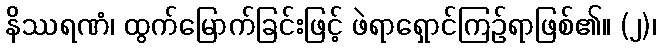
နိဿရဏံ၊ ထွက်မြောက်ခြင်းဖြင့် ဖဲရာရှောင်ကြဉ်ရာဖြစ်၏။ (၂)၊